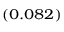
_ { ( 0 . 0 8 2 ) }